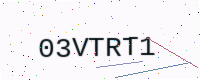
Text: 03VTRT1